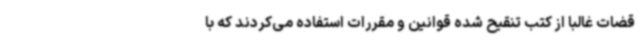
قضات غالبا از کتب تنقیح شده قوانین و مقررات استفاده می‌کردند که با